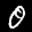
Label: 0